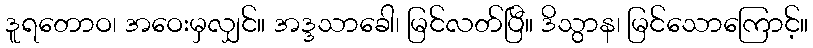
ဒူရတောဝ၊ အဝေးမှလျှင်။ အဒ္ဒသာခေါ၊ မြင်လတ်ပြီ။ ဒိသွာန၊ မြင်သောကြောင့်။